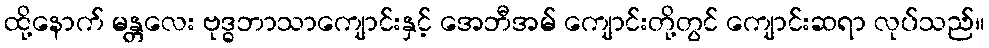
ထို့နောက် မန္တလေး ဗုဒ္ဓဘာသာကျောင်းနှင့် အေဘီအမ် ကျောင်းတို့တွင် ကျောင်းဆရာ လုပ်သည်။